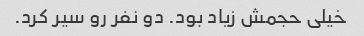
خیلی حجمش زیاد بود. دو نفر رو سیر کرد.